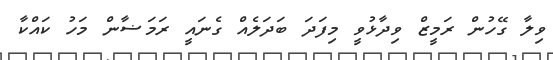
ވިލާ ގޭހުން ރަމީޒް ވިދާޅުވީ މިފަދަ ބަދަލެއް ގެނައީ ރަމަޟާން މަހު ކައްކާ